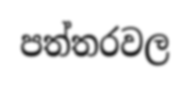
පත්තරවල